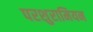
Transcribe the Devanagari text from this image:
परशुरामियन